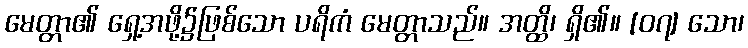
မေတ္တာ၏ ရှေ့အဖို့၌ဖြစ်သော ပရိကံ မေတ္တာသည်။ အတ္ထိ၊ ရှိ၏။ [၀၇] သော၊